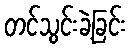
တင်သွင်းခဲ့ခြင်း